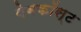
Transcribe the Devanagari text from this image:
वेबकॉस्ट